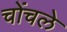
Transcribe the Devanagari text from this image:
चोंचले